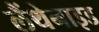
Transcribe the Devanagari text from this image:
लैंथेनाइड